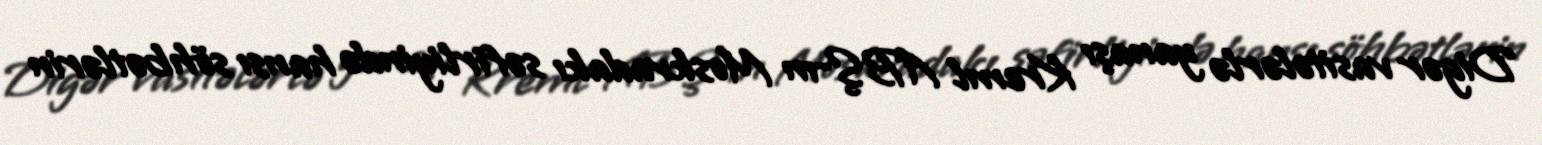
Digər vasitələrlə yanaşı Kreml ABŞ-ın Moskvadakı səfirliyində hansı söhbətlərin